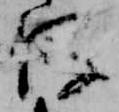
後